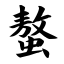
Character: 螯